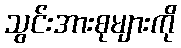
သွင်းအားစုများကို